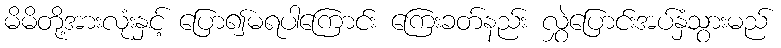
မိမိတို့အားလုံးနှင့် ပြော၍မရပါကြောင်း ကြေးခတ်နည်း လွှဲပြောင်းအပ်နှံသွားမည်